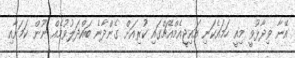
އޭނާ ވިދާޅުވީ މިއީ ހަމައެކަނި އައިޖީއެމްއެޗްގައި ކުރިއަށް ގެންދާނެ ބައްދަލުވުމެއް ނޫން ކަމަށާއި